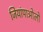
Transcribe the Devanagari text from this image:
जियांपाओलो